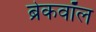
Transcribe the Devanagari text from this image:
ब्रेकवॉल